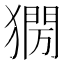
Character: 𤡌